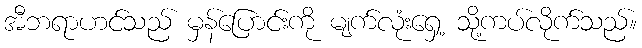
အီဘရာဟင်သည် မှန်ပြောင်းကို မျက်လုံးရှေ့ သို့ကပ်လိုက်သည်။